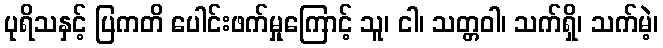
ပုရိသနှင့် ပြကတိ ပေါင်းဖက်မှုကြောင့် သူ၊ ငါ၊ သတ္တဝါ၊ သက်ရှိ၊ သက်မဲ့၊